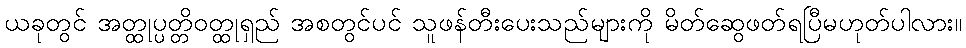
ယခုတွင် အတ္ထုပ္ပတ္တိဝတ္ထုရှည် အစတွင်ပင် သူဖန်တီးပေးသည်များကို မိတ်ဆွေဖတ်ရပြီမဟုတ်ပါလား။